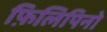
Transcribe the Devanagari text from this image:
फ़िलिपिनो